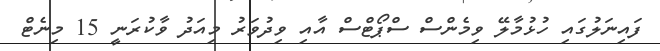
ފައިނަލުގައި ހުޅުމާލޭ ވިމެންސް ސްޕޯޓްސް އާއި ވިދުވަރު މިއަދު ވާކުރަނީ 15 މިނެޓް